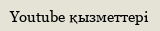
Youtube қызметтері